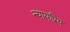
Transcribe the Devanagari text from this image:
न्‍यायप्रिय